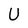
Character: U